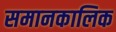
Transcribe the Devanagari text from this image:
समानकालिक